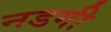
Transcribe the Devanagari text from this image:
नडगी